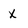
Character: x